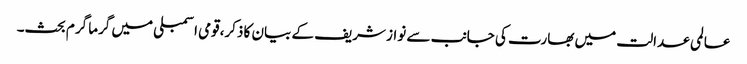
عالمی عدالت میں بھارت کی جانب سے نواز شریف کے بیان کا ذکر،قومی اسمبلی میں گرما گرم بحث۔